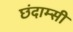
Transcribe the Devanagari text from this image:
छंदाम्सी